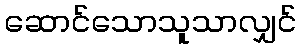
ဆောင်သောသူသာလျှင်